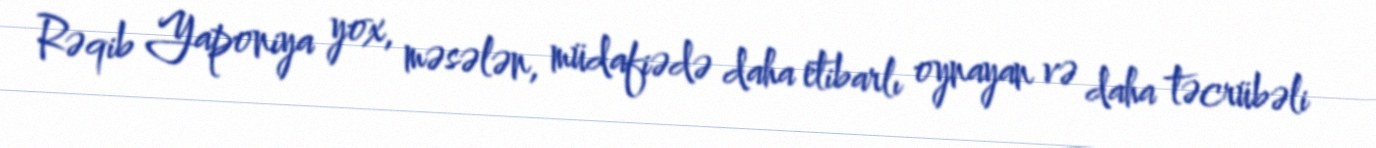
Rəqib Yaponiya yox, məsələn, müdafiədə daha etibarlı oynayan və daha təcrübəli